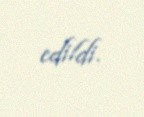
edildi.